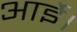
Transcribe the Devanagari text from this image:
आईे।